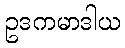
ဥဒကမာဒါယ